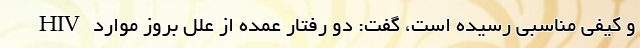
و کیفی مناسبی رسیده است، گفت: دو رفتار عمده از علل بروز موارد HIV